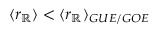
\langle r _ { \mathbb { R } } \rangle < \langle r _ { \mathbb { R } } \rangle _ { G U E / G O E }